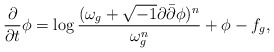
\begin{align*}\frac{\partial}{\partial t}\phi=\log\frac{(\omega_g+\sqrt{-1}\partial\bar{\partial}\phi)^n}{\omega_g^n}+\phi-f_g,\end{align*}